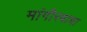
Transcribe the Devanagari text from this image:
मांगीरबाबा